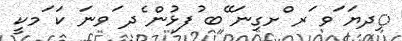
ިދޔަ ަވ ަރ ްށގިނަ ޭބ ުފޅުން ެދ ަވނަ ކަ ަމކީ